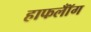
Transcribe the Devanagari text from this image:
हाफलॉँग